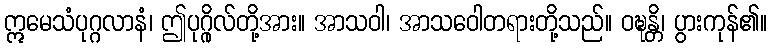
ဣမေသံပုဂ္ဂလာနံ၊ ဤပုဂ္ဂိုလ်တို့အား။ အာသဝါ၊ အာသဝေါတရားတို့သည်။ ဝဍ္ဎန္တိ၊ ပွားကုန်၏။